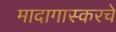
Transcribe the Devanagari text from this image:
मादागास्करचे